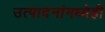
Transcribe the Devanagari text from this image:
उत्पादनांमध्येही